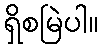
ရှိစမြဲပါ။